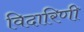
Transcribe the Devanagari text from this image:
विदारिणी